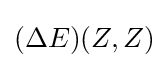
(\Delta E)(Z,Z)